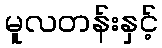
မူလတန်းနှင့်